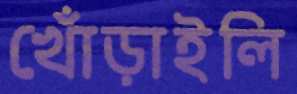
খোঁড়াইলি